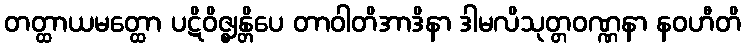
တတ္ထာယမတ္ထော ပဋိဝိဇ္ဈန္တိပေ တာဝါတိအာဒိနာ ဒါမလိသုတ္တဝဏ္ဏနာ နဝဟီတိ